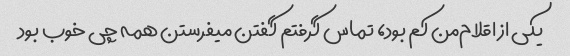
یکی از اقلام‌من کم بود، تماس گرفتم گفتن میفرستن همه چی خوب بود